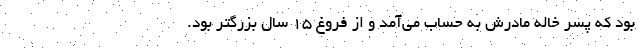
بود که پسر خاله مادرش به حساب می‌آمد و از فروغ 15 سال بزرگتر بود.